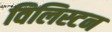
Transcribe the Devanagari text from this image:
विलिस्टन